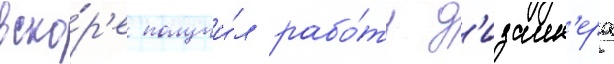
вско́р'е получи́л рабо́ту д'изаин'ера